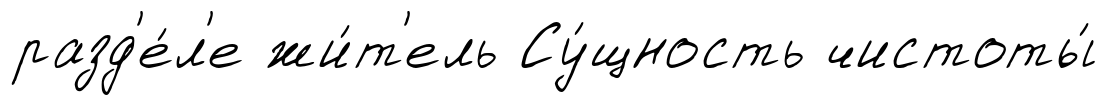
разд'е́л'е жи́т'ель Су́щность чистоты́